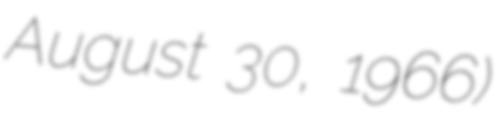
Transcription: August 30, 1966)